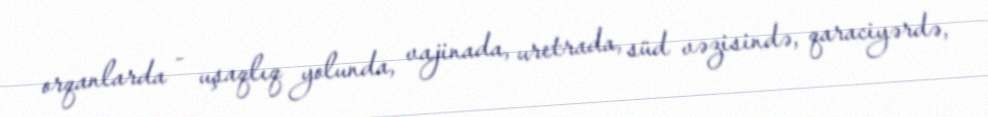
orqanlarda - uşaqlıq yolunda, vajinada, uretrada, süd vəzisində, qaraciyərdə,